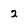
Character: 2